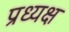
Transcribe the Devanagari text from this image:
प्रध्यक्ष